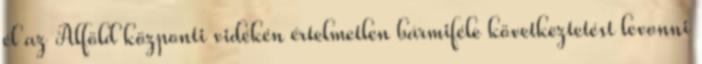
él az Alföld központi vidékén értelmetlen bármiféle következtetést levonni